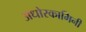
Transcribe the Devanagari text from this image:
अधोरकामिनी